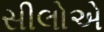
સીલોએ